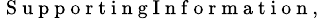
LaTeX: ^{\mathrm{~S~u~p~p~o~r~t~i~n~g~I~n~f~o~r~m~a~t~i~o~n~},}